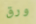
ورق